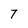
Character: 7